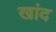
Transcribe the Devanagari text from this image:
खांद